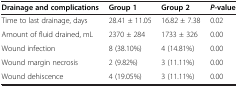
<table><thead><tr><td><b>Drainage and complications</b></td><td><b>Group 1</b></td><td><b>Group 2</b></td><td><b><i>P-</i>value</b></td></tr></thead><tbody><tr><td>Time to last drainage, days</td><td>28.41 ± 11.05</td><td>16.82 ± 7.38</td><td>0.02</td></tr><tr><td>Amount of fluid drained, mL</td><td>2370 ± 284</td><td>1733 ± 326</td><td>0.00</td></tr><tr><td>Wound infection</td><td>8 (38.10%)</td><td>4 (14.81%)</td><td>0.00</td></tr><tr><td>Wound margin necrosis</td><td>2 (9.82%)</td><td>3 (11.11%)</td><td>0.00</td></tr><tr><td>Wound dehiscence</td><td>4 (19.05%)</td><td>3 (11.11%)</td><td>0.00</td></tr></tbody></table>